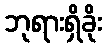
ဘုရားရှိခိုး